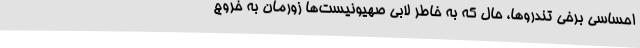
احساسی برخی تندروها، حال که به خاطر لابی صهیونیست‌ها زورمان به خروج